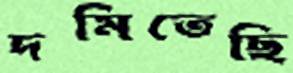
দমিতেছি